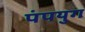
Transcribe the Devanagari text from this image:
पंपयुग